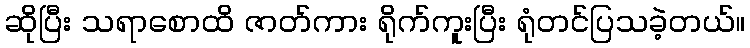
ဆိုပြီး သရာစောထိ ဇာတ်ကား ရိုက်ကူးပြီး ရုံတင်ပြသခဲ့တယ်။